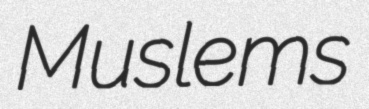
Muslems